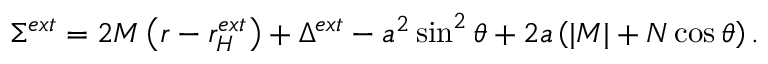
\Sigma ^ { e x t } = 2 M \left( r - r _ { H } ^ { e x t } \right) + \Delta ^ { e x t } - a ^ { 2 } \sin ^ { 2 } \theta + 2 a \left( | { \cal M } | + N \cos \theta \right) .